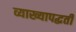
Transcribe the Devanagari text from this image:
व्याख्यापद्धती